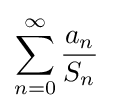
\sum _{n=0}^{\infty }{\frac {a_{n}}{S_{n}}}